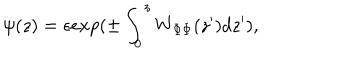
\psi ( z ) = \epsilon e x p ( \pm \int _ { 0 } ^ { z } W _ { \Phi \Phi } ( z ^ { \prime } ) d z ^ { \prime } ) ,